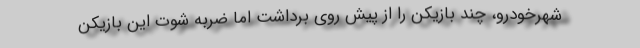
شهرخودرو، چند بازیکن را از پیش روی برداشت اما ضربه شوت این بازیکن